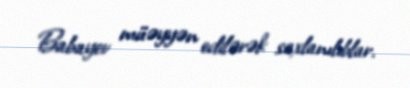
Babayev müəyyən edilərək saxlanılıblar.